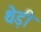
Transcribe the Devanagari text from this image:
थेड़ी